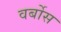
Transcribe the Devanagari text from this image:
वर्बोस